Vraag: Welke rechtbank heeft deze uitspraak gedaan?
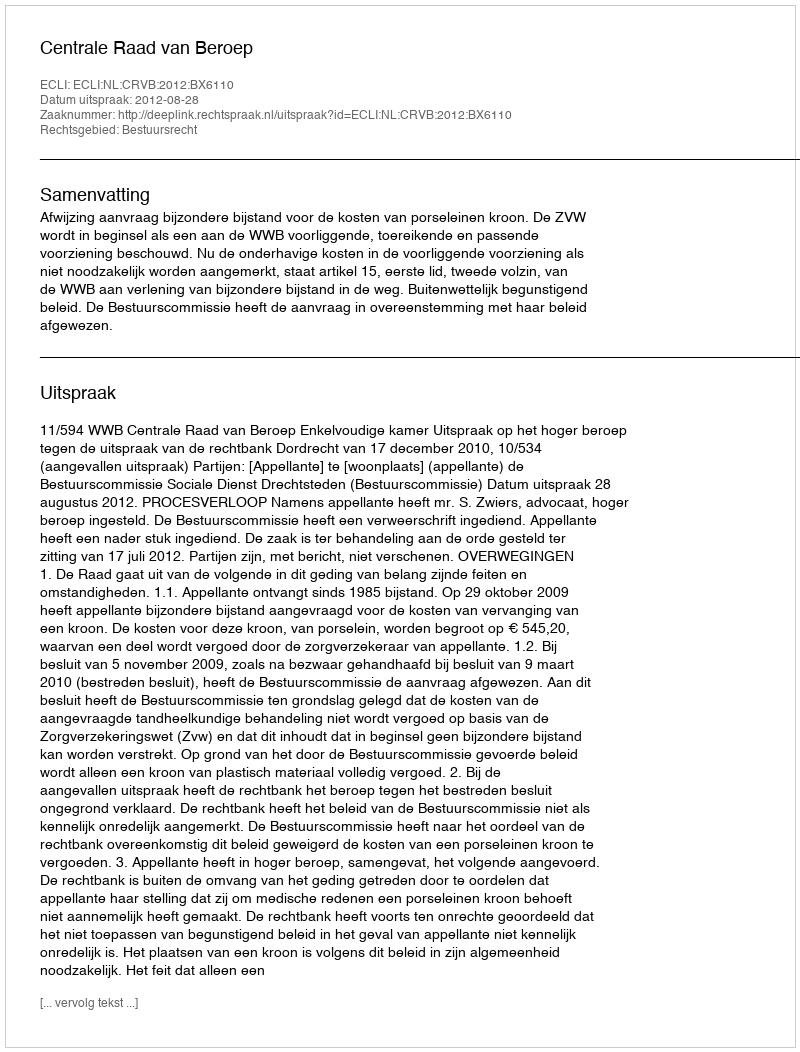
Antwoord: Centrale Raad van Beroep